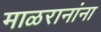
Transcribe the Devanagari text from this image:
माळरानांना